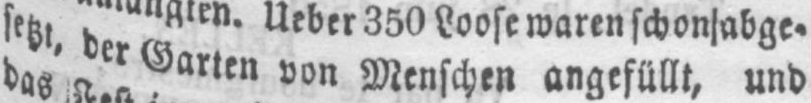
setzt, der Garten von Menschen angefüllt, und